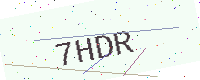
Text: 7HDR